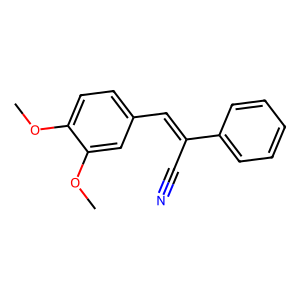
SMILES: COc1ccc(C=C(C#N)c2ccccc2)cc1OC
Inhibits HIV replication: No